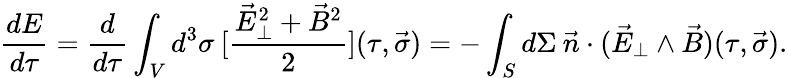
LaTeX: \frac{dE}{d\tau}=\frac{d}{d\tau}\int_{V}d^{3}\sigma\: [\frac{\vec{E}_{\perp}^{2}+\vec{B}^{2}}{2}](\tau,\vec{\sigma})=-\int_{S}d\Sigma\: \vec{n}\cdot(\vec{E}_{\perp}\wedge\vec{B})(\tau,\vec{\sigma}).